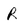
Character: R